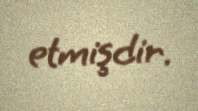
etmişdir.